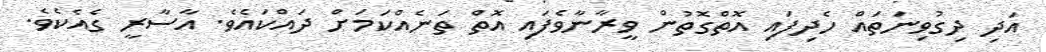
އަދި ދިގުވިނަތައް ހެދިފައި އޮތްގޮތުން ވީރާނާވެފައި އޮތް ތަނެއްކަމަށް ދައްކައެވެ. އާސާރީ ގެއެކެވެ.